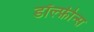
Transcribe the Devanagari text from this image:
डॉल्फ़ीन्स